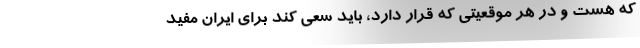
که هست و در هر موقعیتی که قرار دارد، باید سعی کند برای ایران مفید